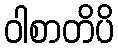
ဝါစာတိပိ